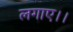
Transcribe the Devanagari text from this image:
लगाए।।